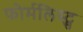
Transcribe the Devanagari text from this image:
फोर्मलिस्ट्स